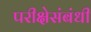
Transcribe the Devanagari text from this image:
परीक्षेसंबंधी